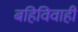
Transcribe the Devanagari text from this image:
बहिविवाही